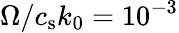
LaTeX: \Omega/c_{\mathrm{s}}k_{0}=10^{-3}